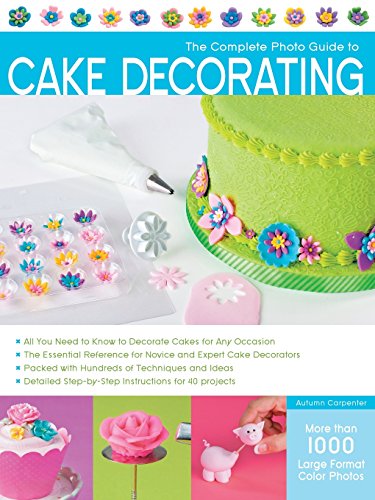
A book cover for The Complete Photo Guide to Cake Decorating; Autumn Carpenter; Cookbooks, Food & Wine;